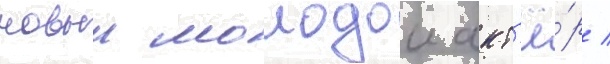
новыи молодои акт'ё́р /